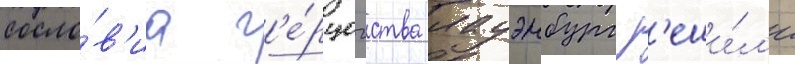
сосло́в'иа г'е́рцогства лауэнбург р'еши́л'и